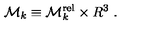
{ \cal M } _ { k } \equiv { \cal M } _ { k } ^ { \mathrm { r e l } } \times { R } ^ { 3 } \ .